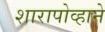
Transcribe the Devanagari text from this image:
शारापोव्हाने